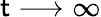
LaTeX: \mathsf{t}\longrightarrow\infty